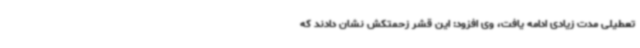
تعطیلی مدت زیادی ادامه یافت، وی افزود: این قشر زحمتکش نشان دادند که